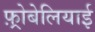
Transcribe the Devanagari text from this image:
फ़्रोबेलियाई